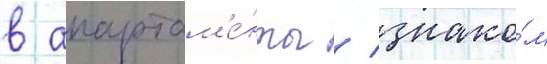
в апартам'е́нты / знако́м